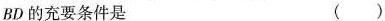
BD的充要条件是 ()